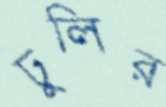
ঢুলির